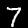
Label: 7